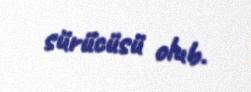
sürücüsü olub.